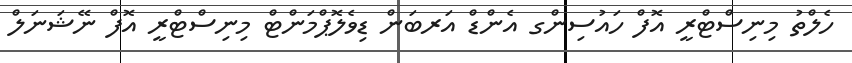
ހެލްތު މިނިސްޓްރީ އޮފް ހައުސިންގ އެންޑް އަރބަން ޑިވެލޮޕްމަންޓް މިނިސްޓްރީ އޮފް ނޭޝަނަލް